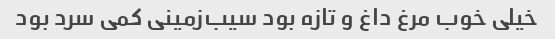
خیلی خوب مرغ داغ و تازه بود سیب‌زمینی کمی سرد بود